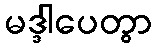
မဒ္ဒါပေတွာ